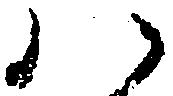
ハ